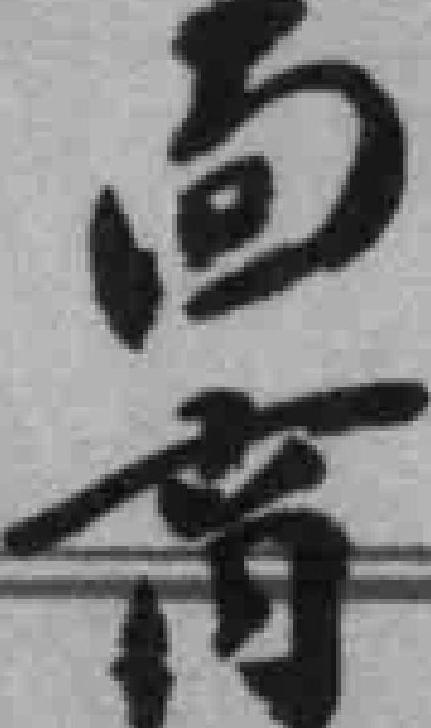
*商